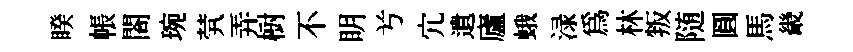
睽帳閤琬茕弄𣗳不眀𠔃宂遺廬蛾渌為林叛随圓馬畿